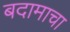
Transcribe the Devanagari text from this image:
बदामाचा